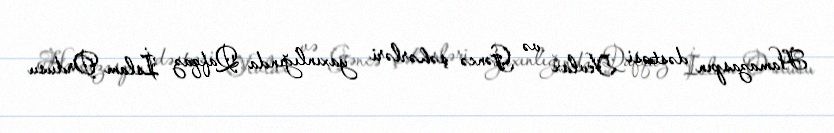
Hamazaspın dəstəsi Yevlax və Gəncə şəhərləri yaxınlığında Qafqaz İslam Ordusu